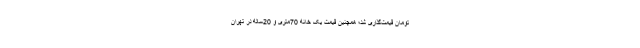
تومان قیمت‌گذاری شد؛ همچنین قیمت یک خانه 70متری و 20ساله در تهران